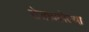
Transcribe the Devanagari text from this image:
रोडावलेल्या